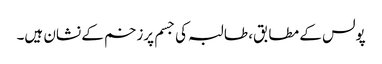
پولس کے مطابق، طالبہ کی جسم پرزخم کے نشان ہیں۔